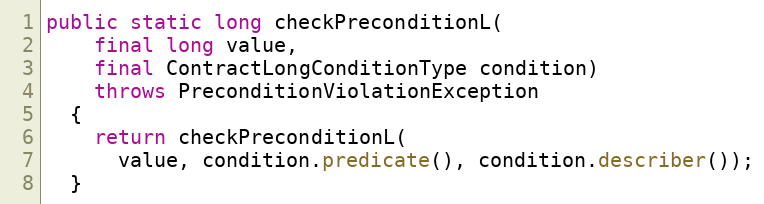
Language: Java
public static long checkPreconditionL(
    final long value,
    final ContractLongConditionType condition)
    throws PreconditionViolationException
  {
    return checkPreconditionL(
      value, condition.predicate(), condition.describer());
  }